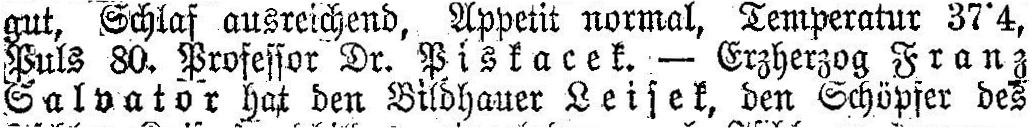
gut, Schlaf ausreichend, Appetit normal, Temperatur 37°4,